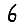
Digit: 6